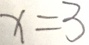
x = 3